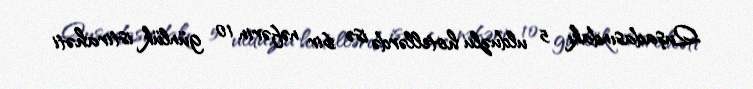
Quşadasındakı 5 ulduzlu hotellərdə isə bir nəfərin 10 günlük istirahəti